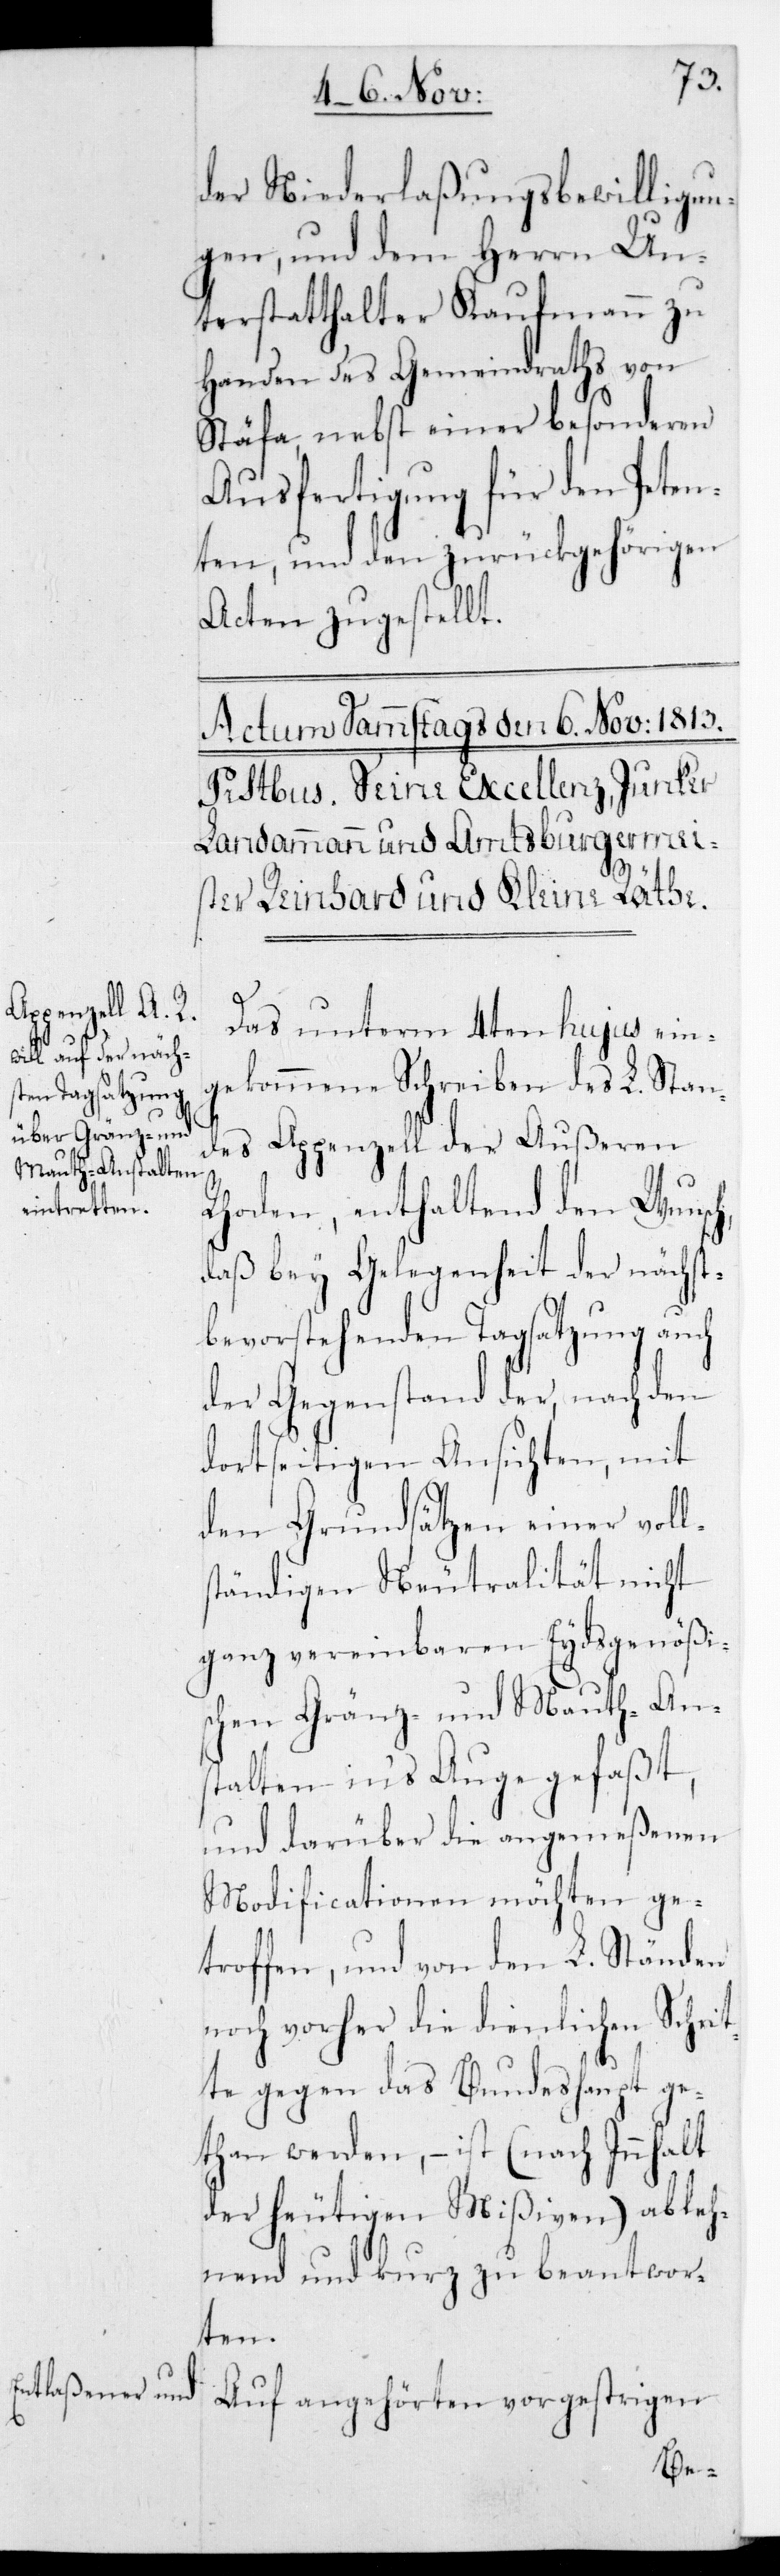
der Niederlaßungsbewilligun¬
gen, und dem Herrn Un¬
terstatthalter Kaufmann zu
Handen des Gemeindraths von
Stäfa, nebst einer besonderen
Ausfertigung für den Peten¬
ten, und den zurückgehörigen
Acten zugestellt.
Das unterm 4ten hujus ein¬
gekommene Schreiben des L. Stan¬
des Appenzell der Äußeren
Rhoden, enthaltend den Wunsch,
daß bey Gelegenheit der nächst¬
bevorstehenden Tagsatzung auch
der Gegenstand der, nach den
dortseitigen Ansichten, mit
den Grundsätzen einer voll¬
ständigen Neutralität nicht
ganz vereinbaren Eydsgenößis¬
chen Gränz- und Mauth-Ans¬
talten in‘s Auge gefaßt,
und darüber die angemeßenen
Modificationen möchten ge¬
troffen, und von den L. Ständen
noch vorher die dienlichen Schrit¬
te gegen das Bundeshaupt ge¬
than werden, – ist (nach Innhalt
der heutigen Mißiven) ableh¬
nend und kurz zu beantwor¬
ten.
Auf angehörten vorgestrigen